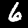
Label: 6